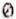
0